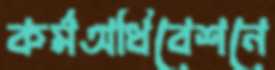
কর্মঅধিবেশনে